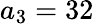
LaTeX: a_{3}=32